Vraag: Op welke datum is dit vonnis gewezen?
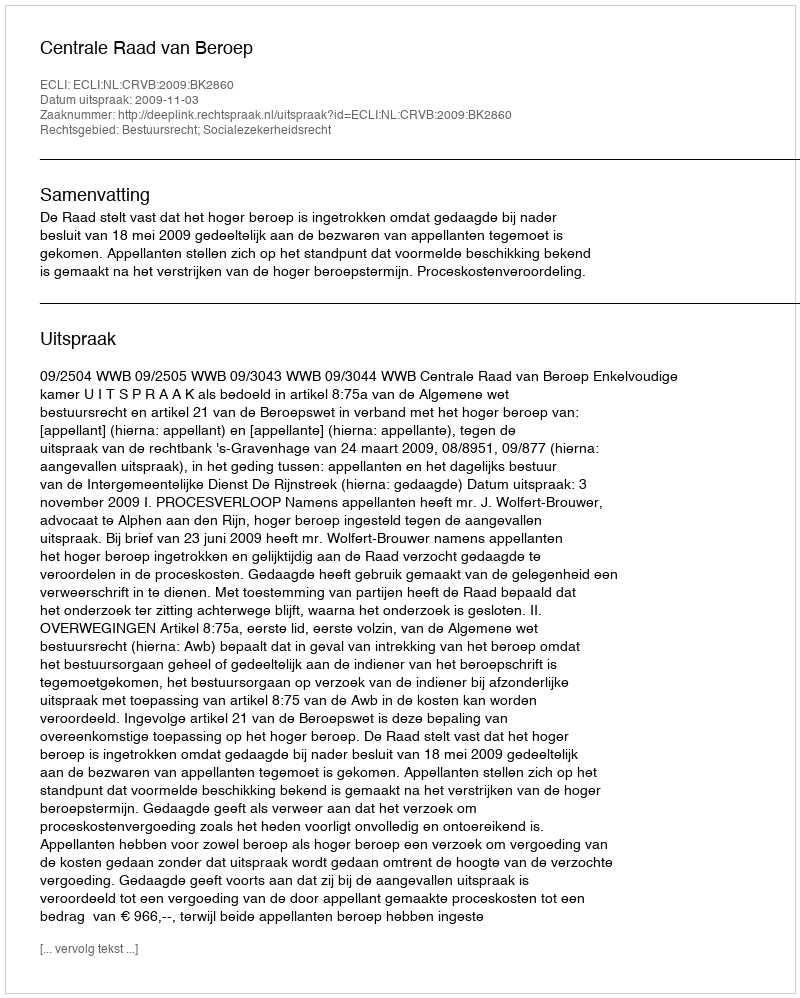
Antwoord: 2009-11-03